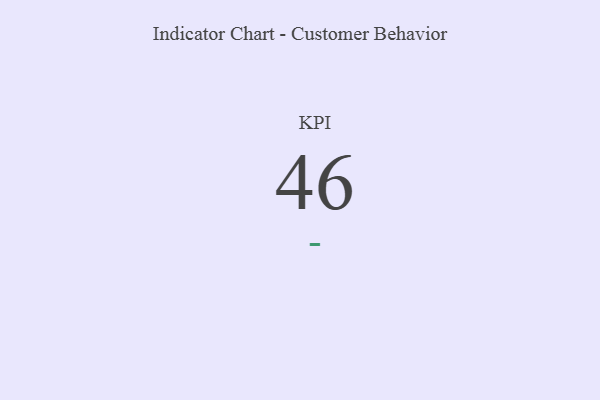
{"axis": {"x": "KPI", "y": "Value"}, "legend": [""], "data": [{"x": "KPI", "y": 46, "type": ""}]}